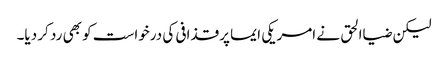
لیکن ضیاالحق نے امریکی ایما پر قذافی کی درخواست کو بھی رد کر دیا۔